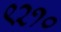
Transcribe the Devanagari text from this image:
९२१०